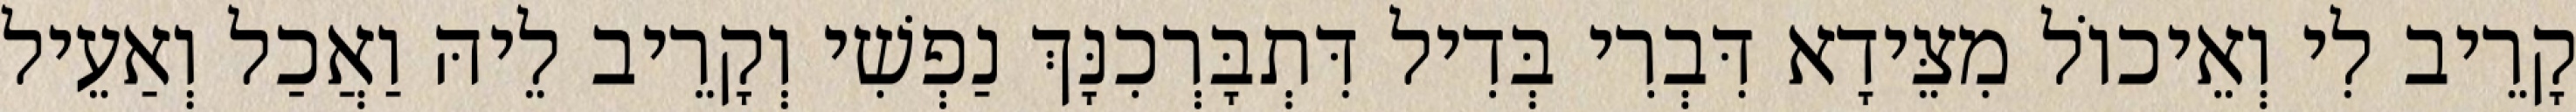
קָרֵיב לִי וְאֵיכוֹל מִצֵּידָא דִּבְרִי בְּדִיל דִּתְבָּרְכִנָּךְ נַפְשִׁי וְקָרֵיב לֵיהּ וַאֲכַל וְאַעֵיל